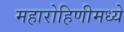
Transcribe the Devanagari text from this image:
महारोहिणीमध्ये